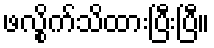
ဖလွိုက်သိထားပြီးပြီ။